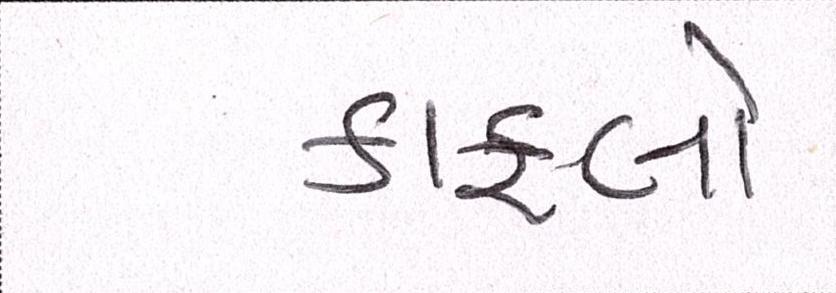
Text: કાફલો